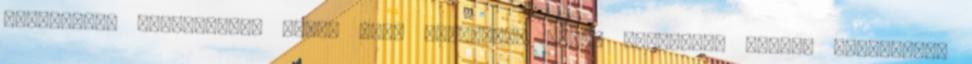
kivitelben szállítjuk. Felső fiók szériában barna bőrhatású fólia, önbehúzós,